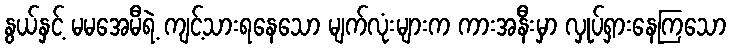
နွယ်နှင့် မမအေမီရဲ့ ကျင့်သားရနေသော မျက်လုံးများက ကားအနီးမှာ လှုပ်ရှားနေကြသော